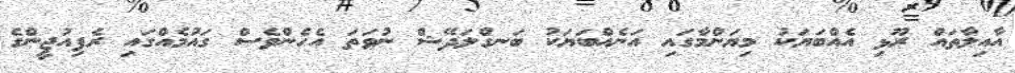
އާއިލާތައް ރޫޅި އެއްބަޔަކު މިޔަންމާގައި އަނެއްބަޔަކު ބަނގްލަދޭޝް ނުވަތަ އެހެންވެސް ގައުމެއްގައި ރެފިއުޖީންގެ